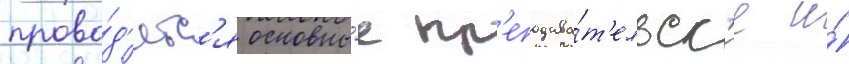
прово́д'ятс'я основны́е пр'еподава́т'ельск'ие и́